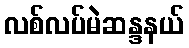
လစ်လပ်မဲဆန္ဒနယ်